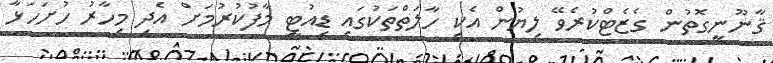
ޤާނޫނީގޮތުން ގެޒެޓްކުރެވޭ ލިޔުން އެކި ހާލަތްތަކުގައި ޑިއުޓީ މާފުކުރުމަށް އެދި މިހާރު ހުށަހަޅާ